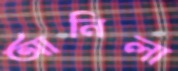
আনিলা